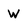
Character: W